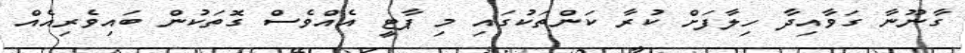
ގާނޫނާ ގަވާއިދާ ހިލާފަށް ކުރާ ކަންތަކުގައި މި ޕާޓީ އެއްވެސް ގޮތަކުން ބައިވެރިއެއް